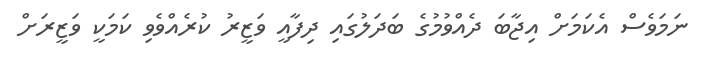
ނަމަވެސް އެކަމަށް އިޖާބަ ދެއްވުމުގެ ބަދަލުގައި ދިފާއީ ވަޒީރު ކުރެއްވެވި ކަމަކީ ވަޒީރަށް